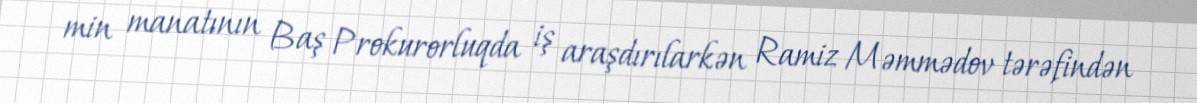
min manatının Baş Prokurorluqda iş araşdırılarkən Ramiz Məmmədov tərəfindən